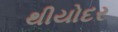
થીયોદર